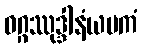
ဝဂ္ဂဿုဒ္ဒါနံယမကံ